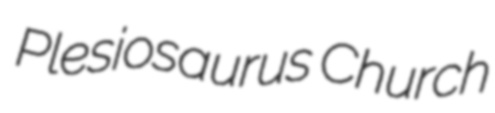
Plesiosaurus Church